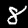
Digit: 8